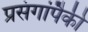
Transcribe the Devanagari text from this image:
प्रसंगांपैकी